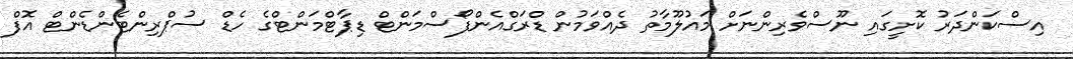
އިސްކަންދަރު ކޮށީގައި ނޫސްވެރިންނަށް މައުލޫމާތު ދެއްވަމުން ޑްރަގްއެންފޯސްމަންޓް ޑިޕާޓްމަންޓްގެ ހެޑް ސުޕްރިންޓެންޑެންޓް އޮފް